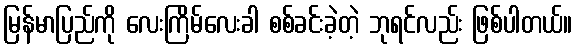
မြန်မာပြည်ကို လေးကြိမ်လေးခါ စစ်ခင်းခဲ့တဲ့ ဘုရင်လည်း ဖြစ်ပါတယ်။